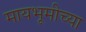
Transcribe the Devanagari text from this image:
मायभूमीच्या